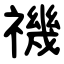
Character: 禨